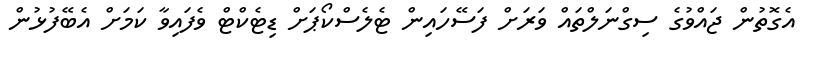
އެގޮތުން ޖައްވުގެ ސިގްނަލްތައް ވަރަށް ފަސޭހައިން ޓެލެސްކޯޕަށް ޑިޓެކްޓް ވެފައިވާ ކަމަށް އެބޭފުޅުން